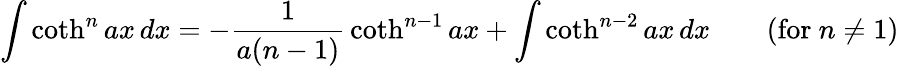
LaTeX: \int\coth^{n}ax\, dx=-{\frac{1}{a(n-1)}}\coth^{n-1}ax+\int\coth^{n-2}ax\, dx\qquad{\mathrm{(for~}}n\neq 1{\mathrm{)}}